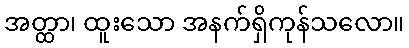
အတ္ထာ၊ ထူးသော အနက်ရှိကုန်သလော။